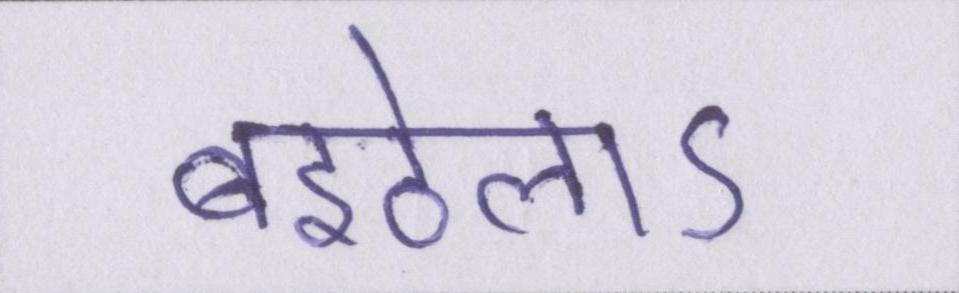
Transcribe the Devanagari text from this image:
बइठेलाऽ